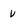
Character: v